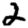
Digit: 2